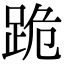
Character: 跪